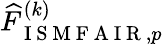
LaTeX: \widehat{F}_{\mathrm{~I~S~M~F~A~I~R~},p}^{(k)}